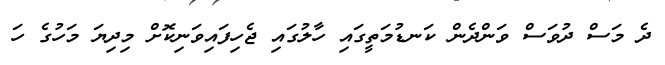
ދެ މަސް ދުވަސް ވަންދެން ކަނޑުމަތީގައި ހާލުގައި ޖެހިފައިވަނިކޮށް މިދިޔަ މަހުގެ ހަ